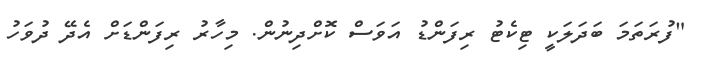
"ފުރަތަމަ ބަދަލަކީ ޓިކެޓު ރިފަންޑު އަވަސް ކޮށްދިނުން. މިހާރު ރިފަންޑަށް އެދޭ ދުވަހު